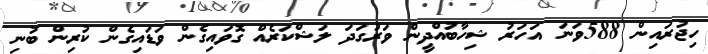
ހިޖުރައިން 588ވަނަ އަހަރު ޝިހާބުއްދީން ވަރުގަދަ ލަޝްކަރެއް ގޮވައިގެން ވަޑައިގެން ކުރިން ބުނި